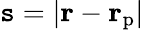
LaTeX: \mathtt{s}=|{\mathbf{r}}-{\mathbf{r}}_{\mathrm{{p}}}|